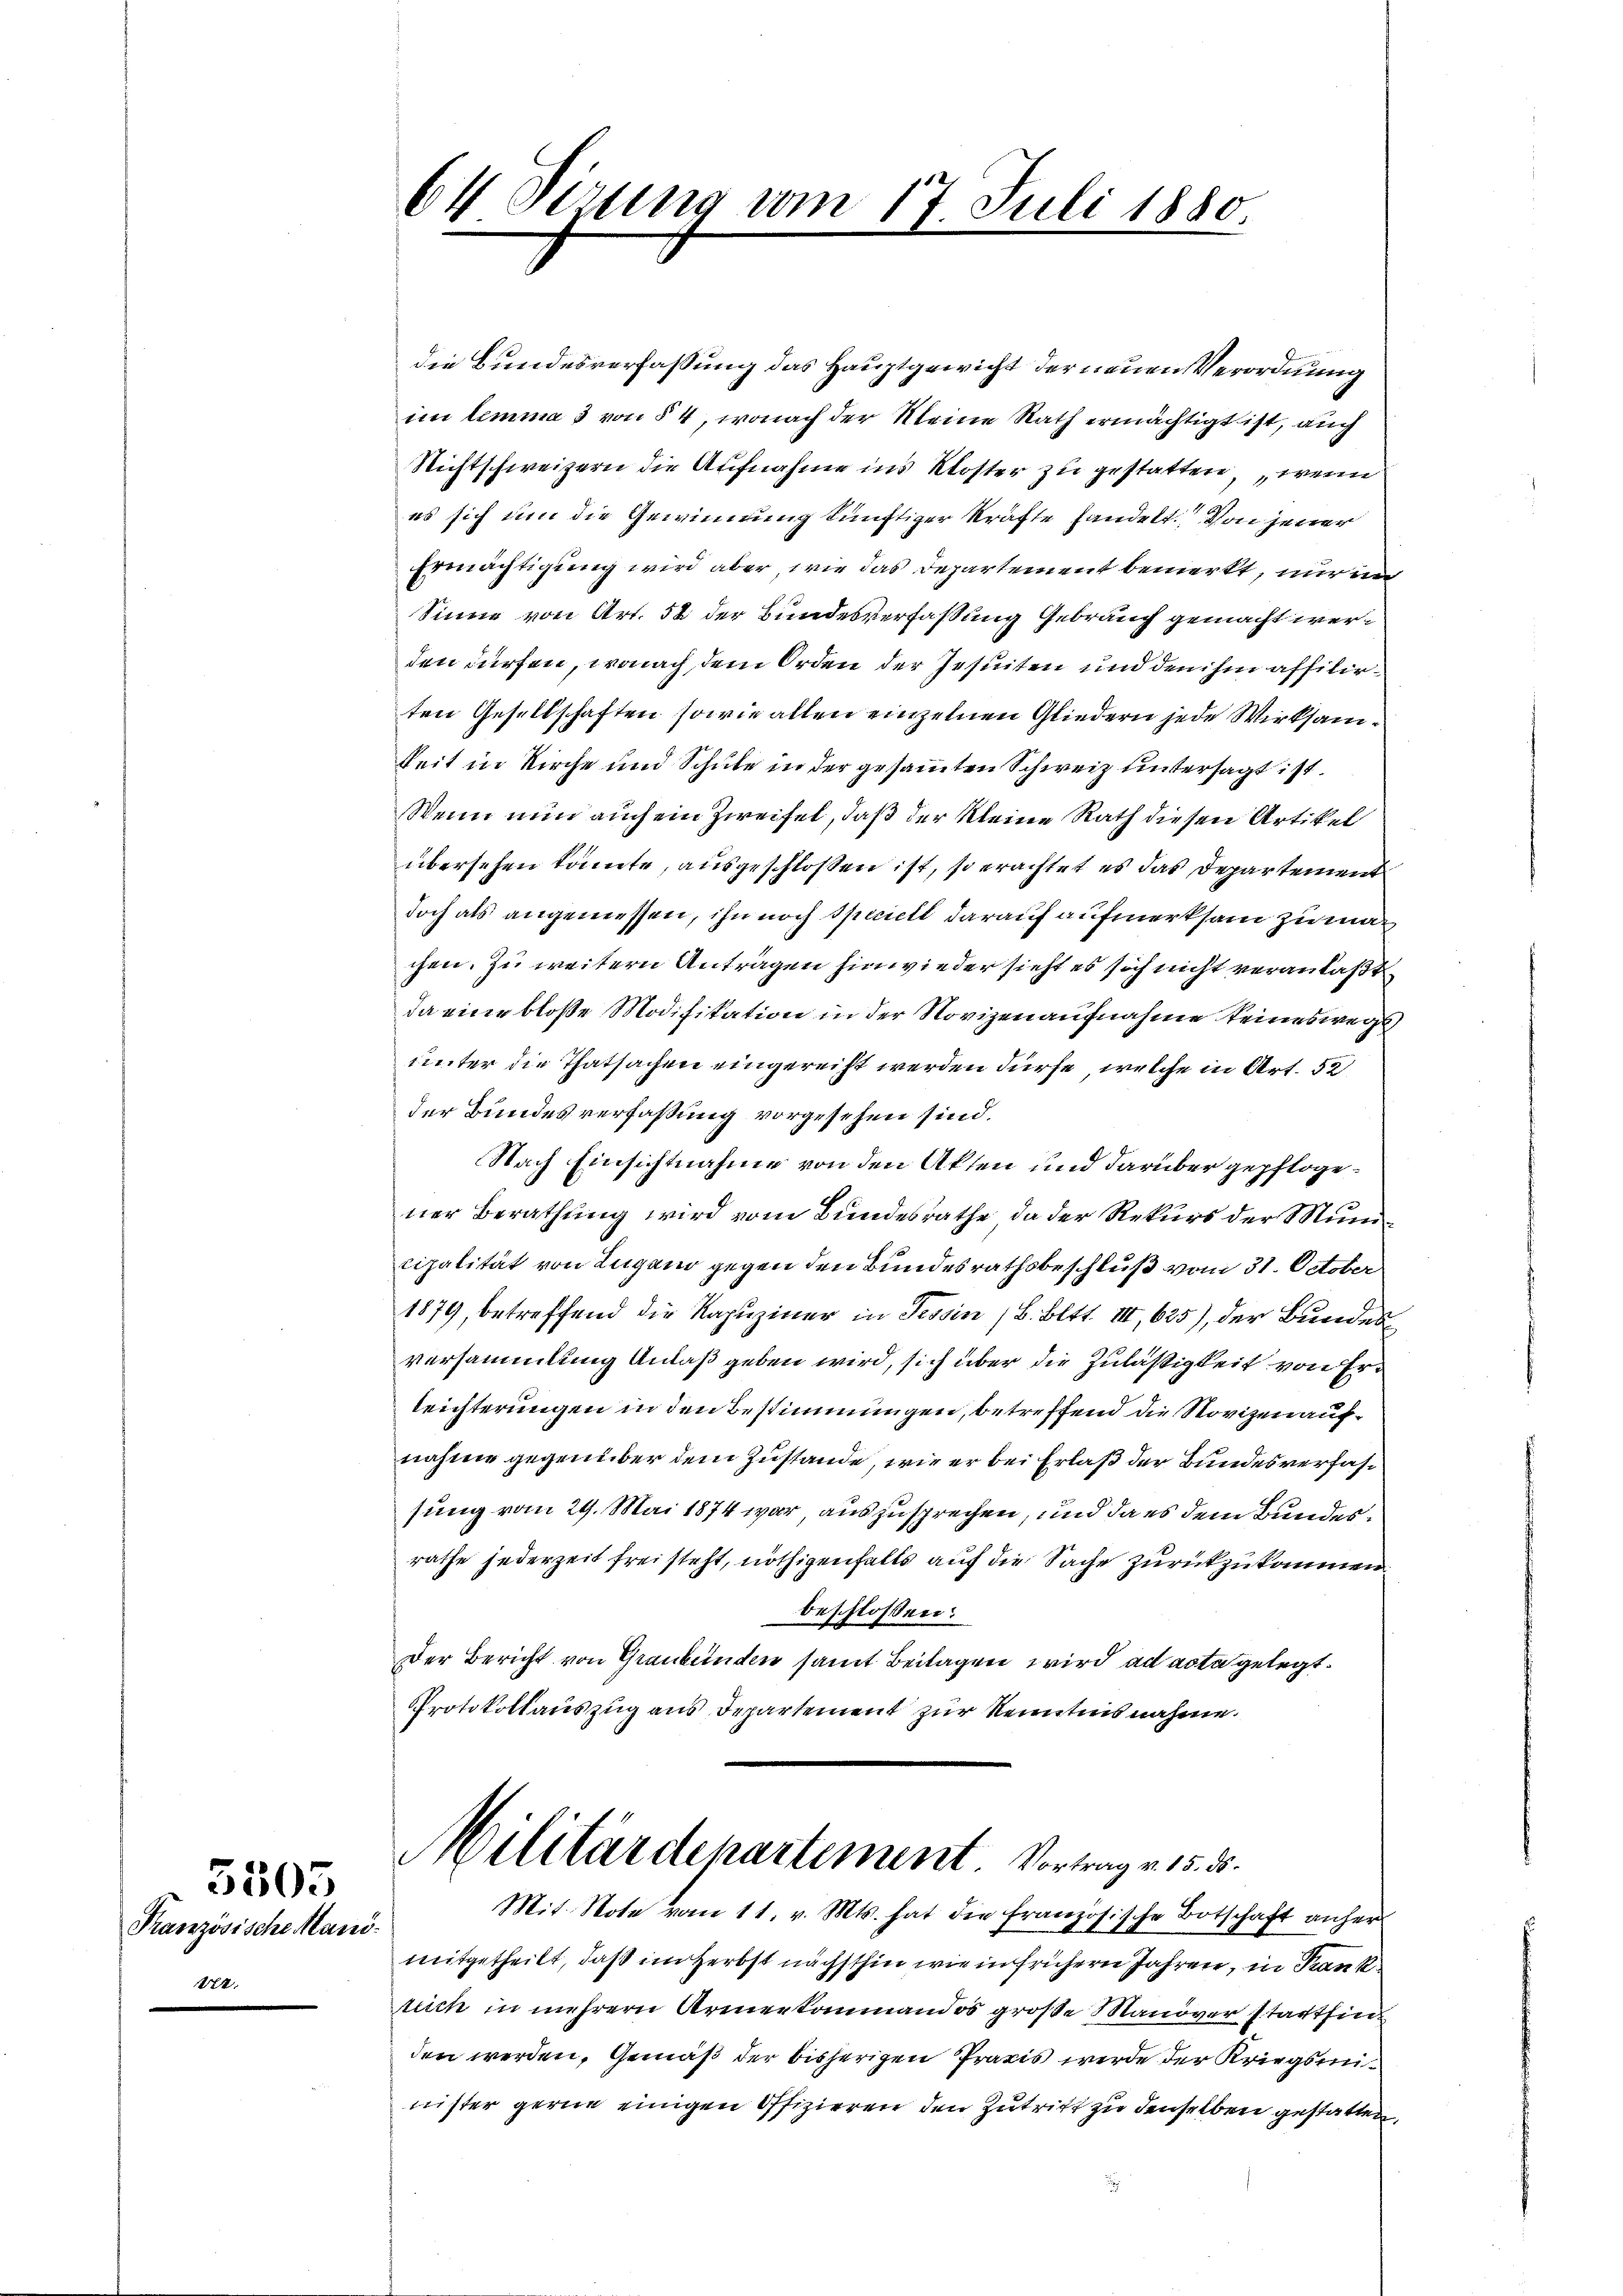
222.

5505
Französische Mand

die Bundesverfassung das Hauptgewicht der neuen Verordnung
im lemma 3 von § 4, wonach der Kleine Rath ermächtigt ist, auch
Nichtschweizern die Aufnahme ins Kloster zu gestatten wenn
es sich um die Gewinnung künftiger Kräfte handelt. Von jener
Ermächtigung wird aber wie das Departement bemerkt, nur un
Sinne von Art. 52 der Bundesverfassung Gebrauch gemacht werden dürfen, wonach dem Orden der Jesuiten und den ihm affilirten Gesellschaften, sowie allen einzelnen Gliedern jede Wirksamkeit in Kirche und Schule in der gesammten Schweiz untersagt ist.
Wenn nun auch ein Zweifel, daß der Kleine Rath diesen Artikel
übersehen könnte, ausgeschlossen ist, so erachtet es das Departement
doch als angemessen, ihn noch Speciell darauf aufmerksam zu machen. Zu weitern Antragen hinwieder sieht es sich nicht veranlaßt
da eine blosse Modifikation in der Novizen aufnahme seineswegs
unter die Thatsachen eingereiht werden dürfe, welche in Art. 52
der Bundesverfaßung vorgesehen sind.
Nach Einsichtnahme von den Akten und darüber gepflogener Berathung wird vom Bundesrathe da der Rekurs der Municipalität von Lugano gegen den Bundesrathsbeschluß vom 31. October
1879, betreffend die Kapuziner in Tessin /B. Bett. III, 625), der Bundes
versammlung Anlaß geben wird, sich über die Zuläßigkeit von Erleichterungen in den Bestimmungen, betreffend die Novizen aufnahme gegenüber dem Zustande, wie er bei Erlaß der Bundesverfassung vom 29. Mai 1874 war, auszusprechen, und da es dem Bundesrathe jederzeit freisteht, nöthigenfalls auf die Sache zurückzukommen
beschlossen:
Der Bericht von Graubünden samt Beilagen wird ad acta gelegt.
Protokollauszug aus Departement zur Kenntnis nahme.

64 Sizung vom 17. Juli 1880.

Militärdepartement Vortrag v. 15. ds.
Mit. Note vom 11. v. Mts. hat die französische Botschaft anher

mitgetheilt, daß im Herbst nächsthin wie in frühern Jahren, in Krankruch in mehrern Armenkanmandos große Manöver stattfinden werden, Gemäß der bisherigen Praxis werde der Kriegsminister gerne einigen Offizieren den Zutritt zu denselben gestatten,
.